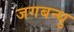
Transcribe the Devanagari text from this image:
जगबन्धु